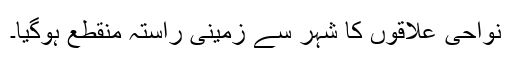
نواحی علاقوں کا شہر سے زمینی راستہ منقطع ہوگیا۔